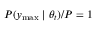
P ( y _ { \mathrm { m a x } } \mid \theta _ { t } ) / P = 1